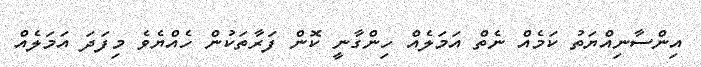
އިންސާނިއްޔަތު ކަމެއް ނެތް އަމަލެއް ހިންގާނީ ކޮން ފަރާތަކުން ހެއްޔެވެ މިފަދަ އަމަލެއް